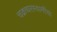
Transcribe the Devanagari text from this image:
चक्रधरस्वामींचा